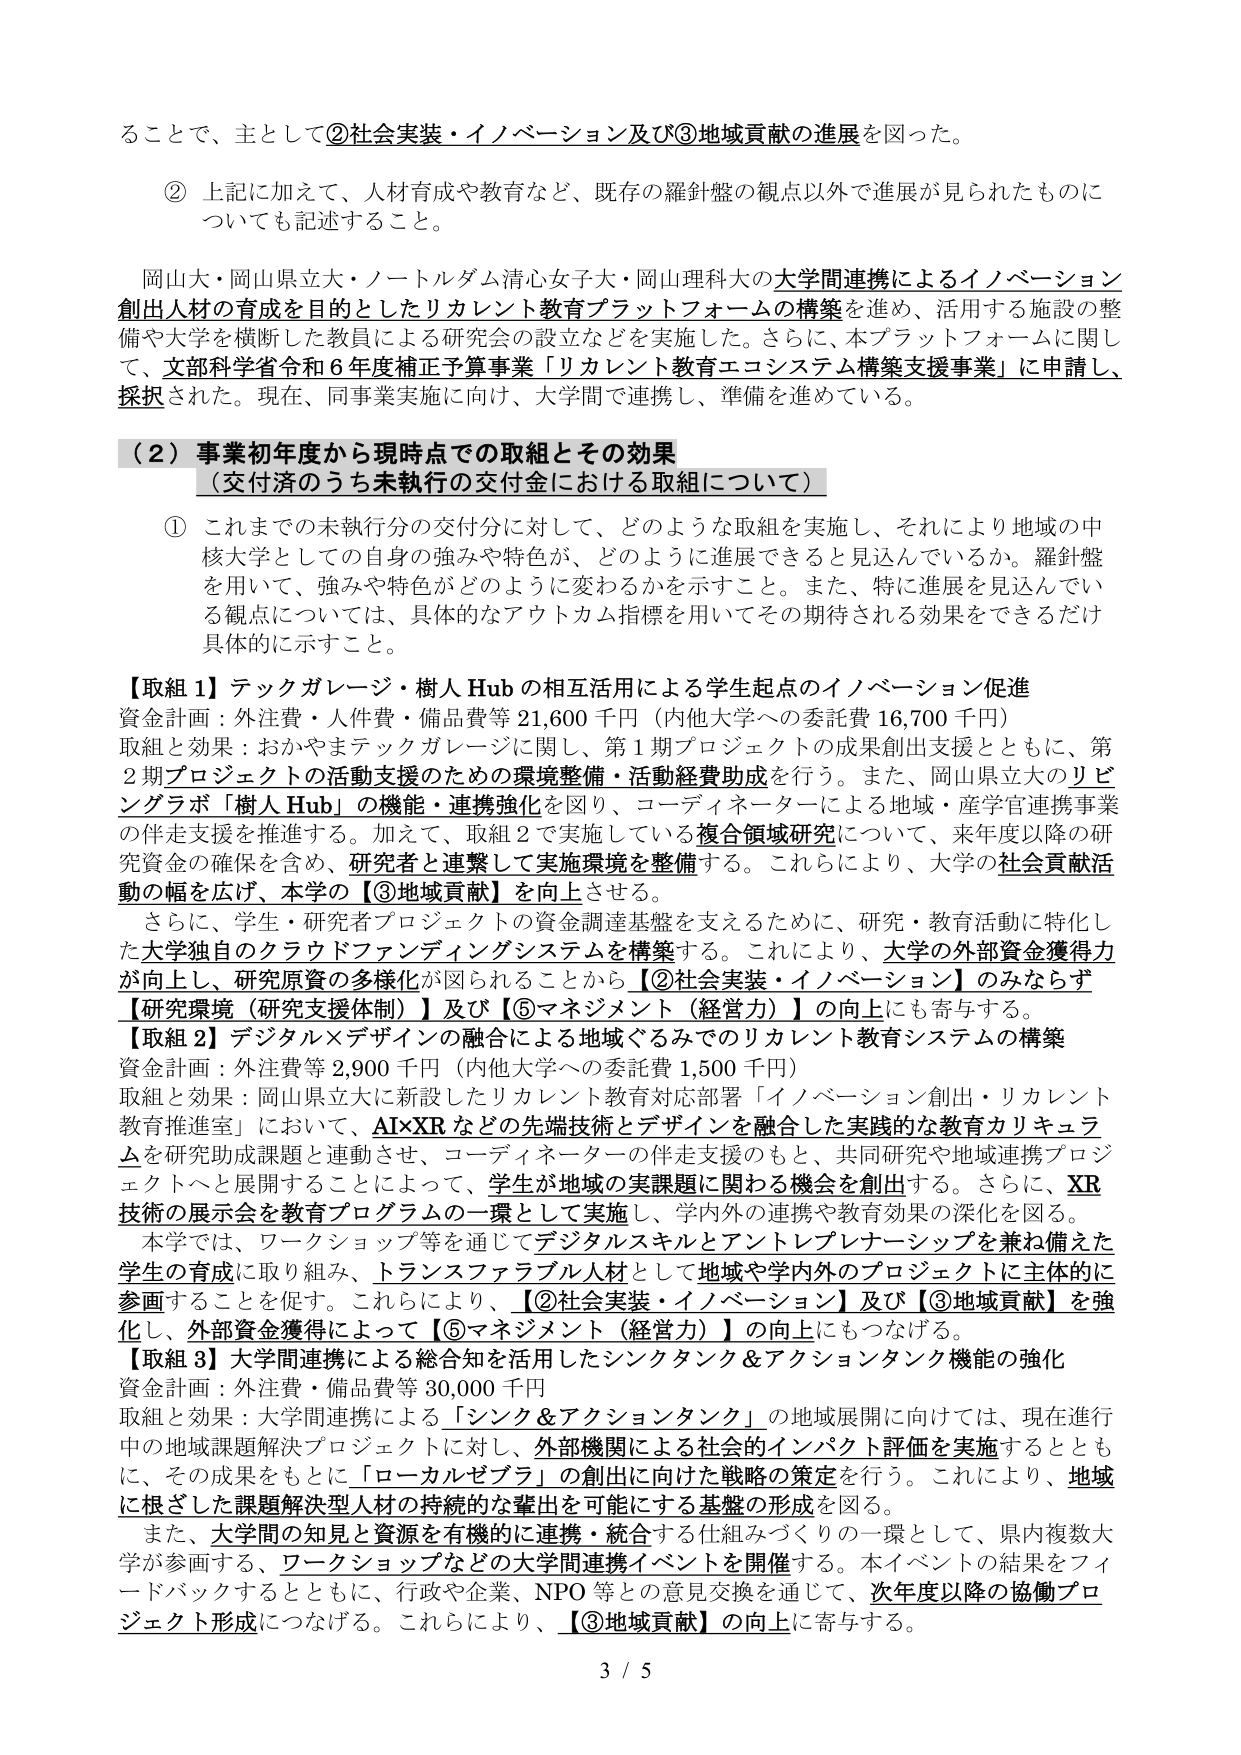
ることで、主として②社会実装・イノベーション及び③地域貢献の進展を図った。

② 上記に加えて、人材育成や教育など、既存の羅針盤の観点以外で進展が見られたものについても記述すること。

岡山大・岡山県立大・ノートルダム清心女子大・岡山理科大の大学間連携によるイノベーション創出人材の育成を目的としたリカレント教育プラットフォームの構築を進め、活用する施設の整備や大学を横断した教員による研究会の設立などを実施した。さらに、本プラットフォームに関して、文部科学省令和6年度補正予算事業「リカレント教育エコシステム構築支援事業」に申請し、採択された。現在、同事業実施に向け、大学間で連携し、準備を進めている。

（２）事業初年度から現時点での取組とその効果
（交付済のうち未執行の交付金における取組について）

① これまでの未執行分の交付分に対して、どのような取組を実施し、それにより地域の中核大学としての自身の強みや特色が、どのように進展できると見込んでいるか。羅針盤を用いて、強みや特色がどのように変わるかを示すこと。また、特に進展を見込んでいる観点については、具体的なアウトカム指標を用いてその期待される効果をできるだけ具体的に示すこと。

【取組１】テックガレージ・樹人Hubの相互活用による学生起点のイノベーション促進
資金計画：外注費・人件費・備品費等21,600千円（内他大学への委託費16,700千円）
取組と効果：おかやまテックガレージに関し、第1期プロジェクトの成果創出支援とともに、第2期プロジェクトの活動支援のための環境整備・活動経費助成を行う。また、岡山県立大のリビングラボ「樹人Hub」の機能・連携強化を図り、コーディネーターによる地域・産学官連携事業の伴走支援を推進する。加えて、取組2で実施している複合領域研究について、来年度以降の研究資金の確保を含め、研究者と連携して実施環境を整備する。これらにより、大学の社会貢献活動の幅を広げ、本学の【③地域貢献】を向上させる。

さらに、学生・研究者プロジェクトの資金調達基盤を支えるために、研究・教育活動に特化した大学独自のクラウドファンディングシステムを構築する。これにより、大学の外部資金獲得力が向上し、研究原資の多様化が図られることから【②社会実装・イノベーション】のみならず【研究環境（研究支援体制）】及び【⑤マネジメント（経営力）】の向上にも寄与する。

【取組２】デジタル×デザインの融合による地域ぐるみでのリカレント教育システムの構築
資金計画：外注費等2,900千円（内他大学への委託費1,500千円）
取組と効果：岡山県立大に新設したリカレント教育対応部署「イノベーション創出・リカレント教育推進室」において、AI×XRなどの先端技術とデザインを融合した実践的な教育カリキュラムを研究助成課題と連動させ、コーディネーターの伴走支援のもと、共同研究や地域連携プロジェクトへと展開することによって、学生が地域の実課題に関わる機会を創出する。さらに、XR技術の展示会を教育プログラムの一環として実施し、学内外の連携や教育効果の深化を図る。

本学では、ワークショップ等を通じてデジタルスキルとアントレプレナーシップを兼ね備えた学生の育成に取り組み、トランスファラブル人材として地域や学内外のプロジェクトに主体的に参画することを促す。これらにより、【②社会実装・イノベーション】及び【③地域貢献】を強化し、外部資金獲得によって【⑤マネジメント（経営力）】の向上にもつなげる。

【取組３】大学間連携による総合知を活用したシンクタンク＆アクションタンク機能の強化
資金計画：外注費・備品費等30,000千円
取組と効果：大学間連携による「シンク＆アクションタンク」の地域展開に向けては、現在進行中の地域課題解決プロジェクトに対し、外部機関による社会的インパクト評価を実施するとともに、その成果をもとに「ローカルゼブラ」の創出に向けた戦略の策定を行う。これにより、地域に根ざした課題解決型人材の持続的な輩出を可能にする基盤の形成を図る。

また、大学間の知見と資源を有機的に連携・統合する仕組みづくりの一環として、県内複数大学が参画する、ワークショップなどの大学間連携イベントを開催する。本イベントの結果をフィードバックするとともに、行政や企業、NPO等との意見交換を通じて、次年度以降の協働プロジェクト形成につなげる。これらにより、【③地域貢献】の向上に寄与する。

3 / 5